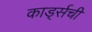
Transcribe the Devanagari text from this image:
कार्ड्सची